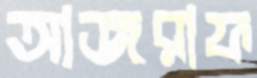
আজরাফ